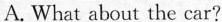
A. What about the car?